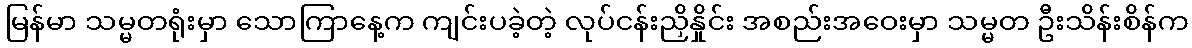
မြန်မာ သမ္မတရုံးမှာ သောကြာနေ့က ကျင်းပခဲ့တဲ့ လုပ်ငန်းညှိနှိုင်း အစည်းအဝေးမှာ သမ္မတ ဦးသိန်းစိန်က